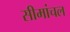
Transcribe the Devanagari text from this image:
सीमांचल